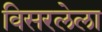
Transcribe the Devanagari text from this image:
विसरलेला